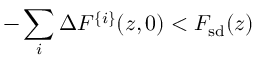
- \sum _ { i } \Delta F ^ { \{ i \} } ( z , 0 ) < F _ { \mathrm { s d } } ( z )